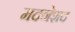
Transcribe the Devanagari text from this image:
मदनेशद